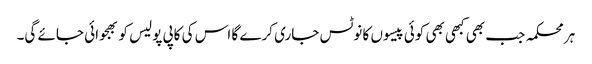
ہر محکمہ جب بھی کبھی بھی کوئی پیسوں کا نوٹس جاری کرے گا اس کی کاپی پولیس کو بھجوائی جائے گی۔